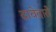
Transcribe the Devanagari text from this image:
दावेदारो